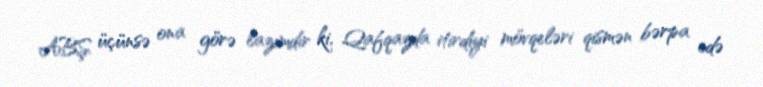
ABŞ üçünsə ona görə lazımdır ki, Qafqazda itirdiyi mövqeləri qismən bərpa edə